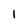
Character: 1